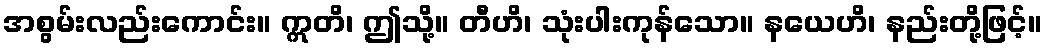
အစွမ်းလည်းကောင်း။ ဣတိ၊ ဤသို့။ တီဟိ၊ သုံးပါးကုန်သော။ နယေဟိ၊ နည်းတို့ဖြင့်။